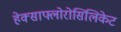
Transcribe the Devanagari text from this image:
हेक्साफ्लोरोसिलिकेट